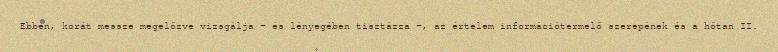
Ebben, korát messze megelőzve vizsgálja – és lényegében tisztázza –, az értelem információtermelő szerepének és a hőtan II.